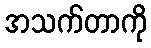
အသက်တာကို